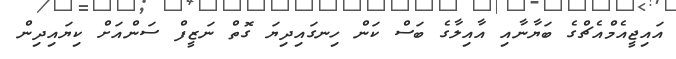
އައިޖީއެމްއެޗްގެ ބަޔާނާއި އާއިލާގެ ބަސް ކަން ހިނގައިދިޔަ ގޮތް ނަޒީފް ސަންއަށް ކިޔައިދިން